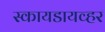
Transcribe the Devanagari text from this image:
स्कायडायव्हर